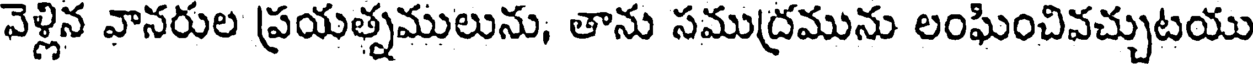
వెళ్లిన వానరుల ప్రయత్నములును, తాను సముద్రమును లంఘించివచ్చుటయు